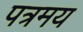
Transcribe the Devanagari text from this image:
पत्रमय